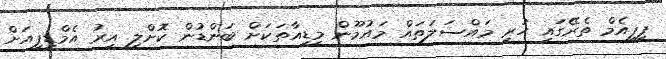
ޕީޕީއެމް ތެރޭގައި ހުރި މައްސަލަތައް މައުމޫން މީޑިއާތަކަށް ބަންޑުން ކޮށްލި އިރު އެމްޑީޕީއަށް